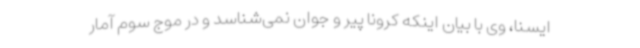
ایسنا، وی با بیان اینکه کرونا پیر و جوان نمی‌شناسد و در موج سوم آمار